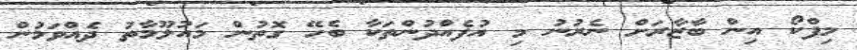
މިފްކޯ އިން ބާޒާރަށް ނެރުނު މި އުފެއްދުންތަކާ ބެހޭ ގޮތުން މައުލޫމާތު ދެއްވަމުން